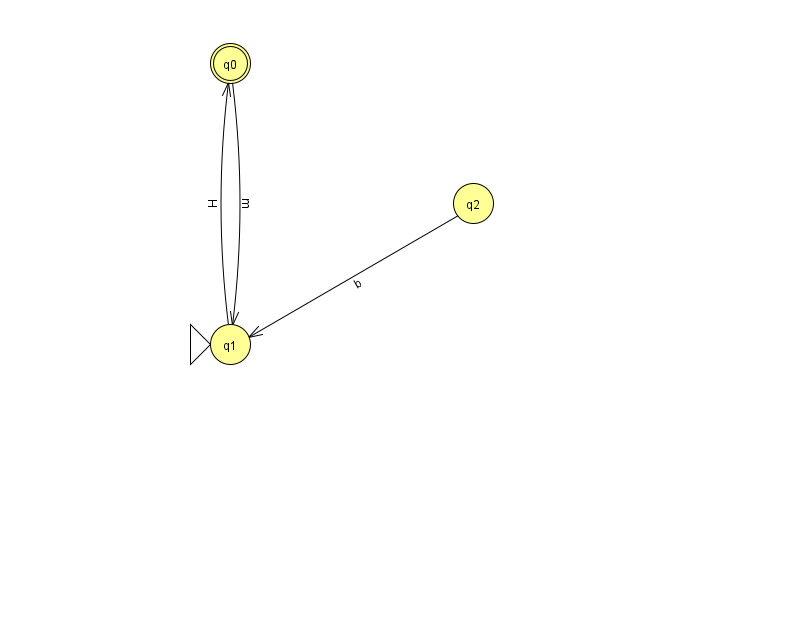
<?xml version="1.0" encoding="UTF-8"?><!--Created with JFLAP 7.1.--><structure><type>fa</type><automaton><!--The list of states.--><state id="0" name="q0"><x>230.0</x><y>50.0</y><final/></state><state id="1" name="q1"><x>230.0</x><y>331.0</y><initial/></state><state id="2" name="q2"><x>473.0</x><y>190.0</y></state><!--The list of transitions.--><transition><from>2</from><to>1</to><read>b</read></transition><transition><from>0</from><to>1</to><read>m</read></transition><transition><from>1</from><to>0</to><read>H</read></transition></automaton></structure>